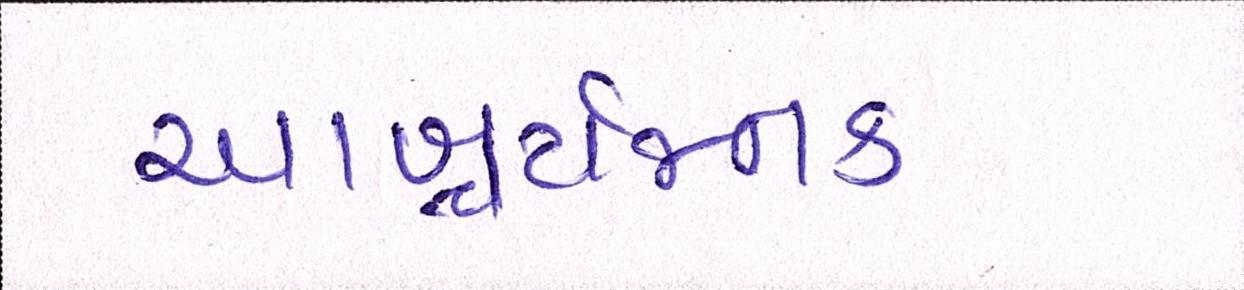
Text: આશ્ચર્યજનક